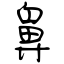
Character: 鼻